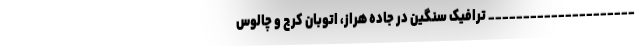
_____________________ ترافیک سنگین در جاده هراز، اتوبان کرج و چالوس